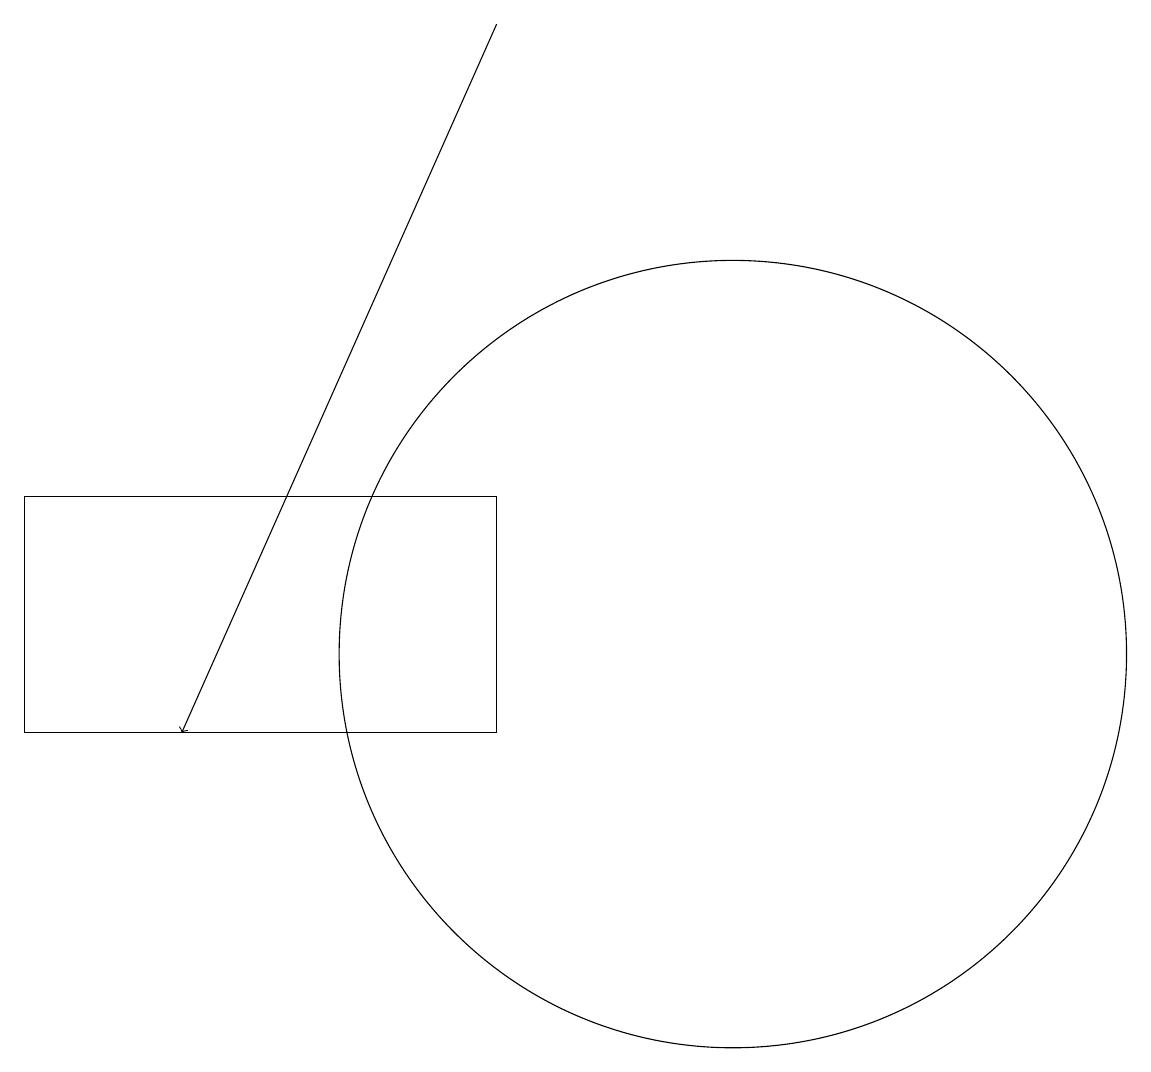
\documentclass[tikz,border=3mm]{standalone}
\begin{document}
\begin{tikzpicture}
\draw (1,13) rectangle (7,10);
\draw (5,13) rectangle (3,13);
\draw[->] (7,19) -- (3,10);
\draw (10,11) circle (5);
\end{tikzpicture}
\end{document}